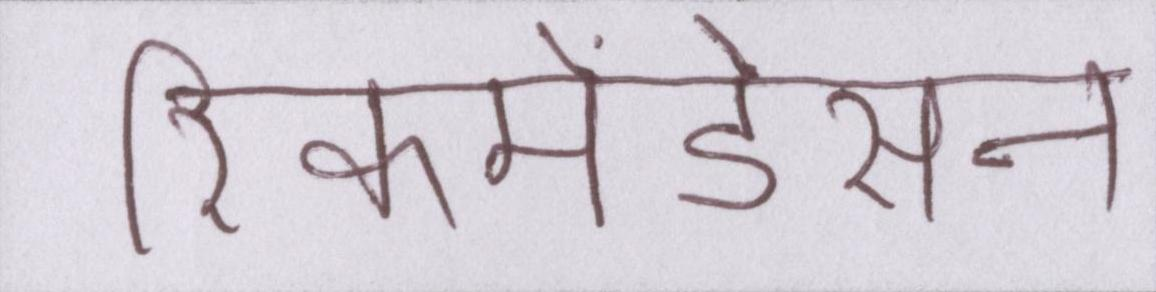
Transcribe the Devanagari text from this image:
रिकमेंडेसन